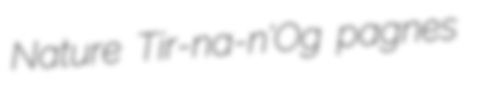
Nature Tir-na-n'Og pagnes